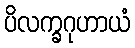
ပိလက္ခဂုဟာယံ